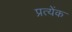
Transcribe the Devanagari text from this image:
प्रत्येंक